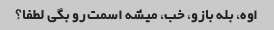
اوه، بله بازو، خب، میشه اسمت رو بگی لطفا؟